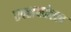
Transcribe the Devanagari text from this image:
एक्सप्लोरल